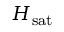
H _ { \mathrm { s a t } }